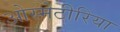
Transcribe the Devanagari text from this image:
ओस्मेटीरिया